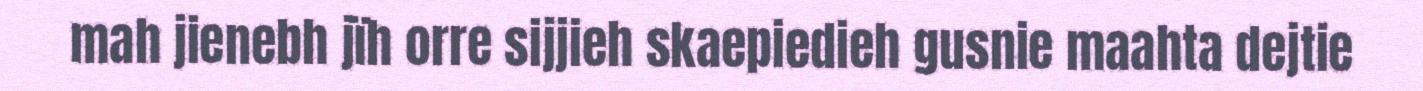
mah jienebh jïh orre sijjieh skaepiedieh gusnie maahta dejtie